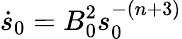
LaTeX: \dot{s}_{0}=B_{0}^{2}s_{0}^{-(n+3)}